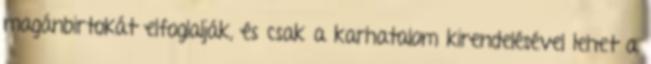
magánbirtokát elfoglalják, és csak a karhatalom kirendelésével lehet a